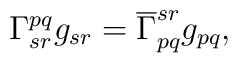
\Gamma^{pq}_{sr} g_{sr} = \overline{\Gamma}^{sr}_{pq} g_{pq},